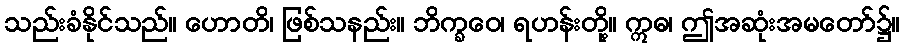
သည်းခံနိုင်သည်။ ဟောတိ၊ ဖြစ်သနည်း။ ဘိက္ခဝေ၊ ရဟန်းတို့။ ဣဓ၊ ဤအဆုံးအမတော်၌။